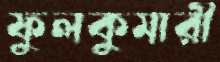
ফুলকুমারী